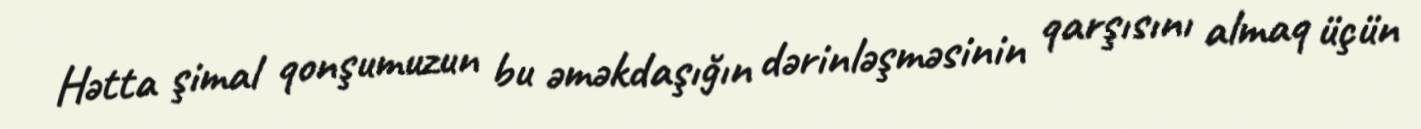
Hətta şimal qonşumuzun bu əməkdaşığın dərinləşməsinin qarşısını almaq üçün